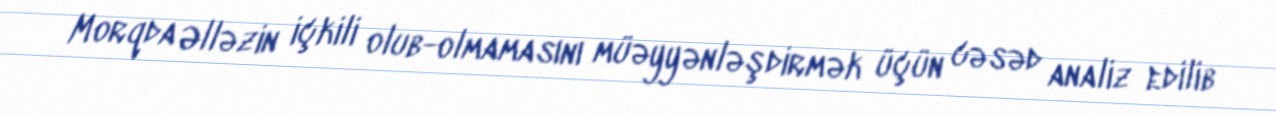
Morqda Əlləzin içkili olub-olmamasını müəyyənləşdirmək üçün cəsəd analiz edilib